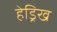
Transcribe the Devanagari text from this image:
हेड्रिख